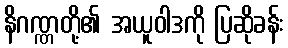
နိဂဏ္ဏတို့၏ အယူဝါဒကို ပြဆိုခန်း